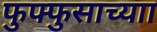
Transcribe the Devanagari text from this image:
फुफ्फुसाच्याा